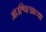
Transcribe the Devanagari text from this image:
आउश्वित्झच्या